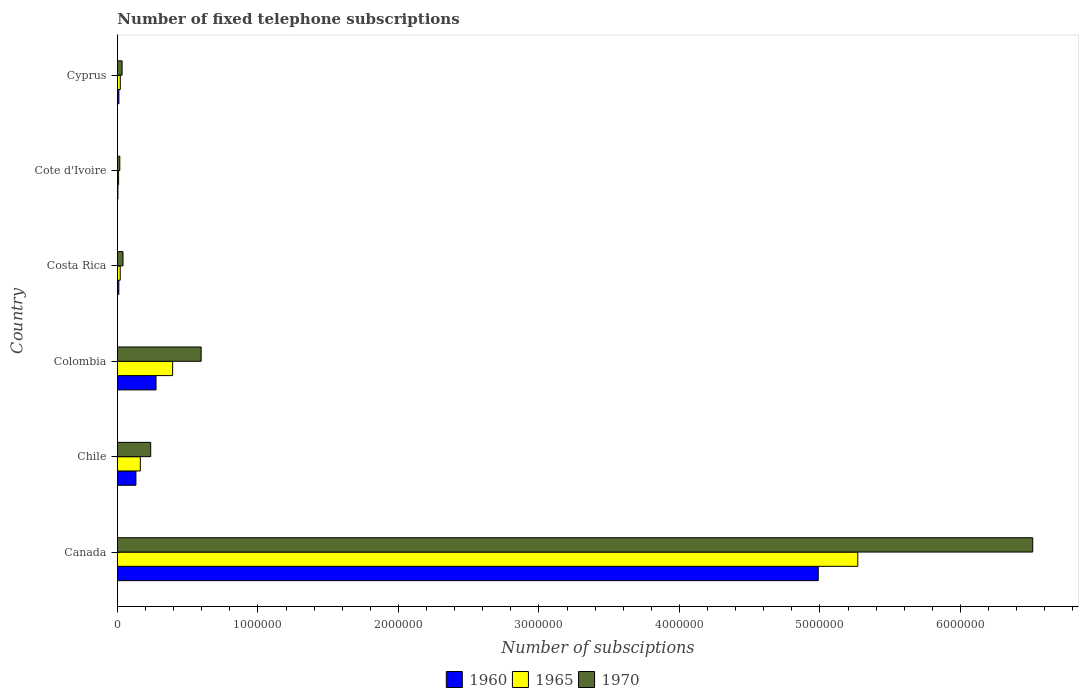
| Country | 1960 | 1965 | 1970 |
 | --- | --- | --- | --- |
 | Canada | 4.99e+06 | 5.27e+06 | 6.51e+06 |
 | Chile | 1.32e+05 | 1.63e+05 | 2.37e+05 |
 | Colombia | 2.75e+05 | 3.93e+05 | 5.96e+05 |
 | Costa Rica | 1e+04 | 2e+04 | 4e+04 |
 | Cote d'Ivoire | 3.69e+03 | 8.6e+03 | 1.7e+04 |
 | Cyprus | 1.06e+04 | 2.06e+04 | 3.34e+04 |